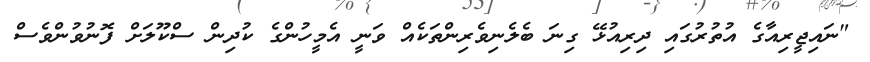
"ނައިޖީރިއާގެ އުތުރުގައި ދިރިއުޅޭ ގިނަ ބެލެނިވެރިންތަކެއް ވަނީ އެމީހުންގެ ކުދިން ސްކޫލަށް ފޮނުވުންވެސް